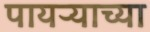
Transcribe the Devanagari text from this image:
पायऱ्याच्या